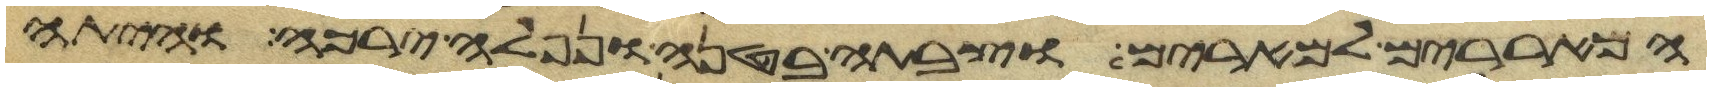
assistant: המאררים למרים וצבתה בטנה ונפלה ירכה והיתה